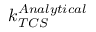
k _ { T C S } ^ { A n a l y t i c a l }